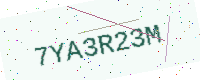
Text: 7YA3R23M